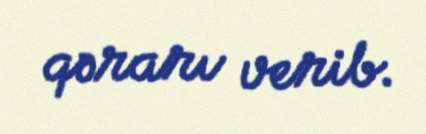
qərarı verib.